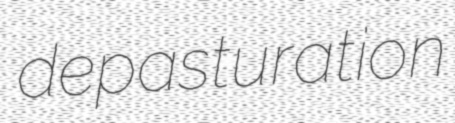
depasturation